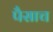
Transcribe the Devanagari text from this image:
पैसाच